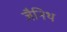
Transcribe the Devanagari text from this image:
जैनिथ